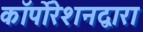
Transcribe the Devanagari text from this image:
कॉर्पोरेशनद्वारा